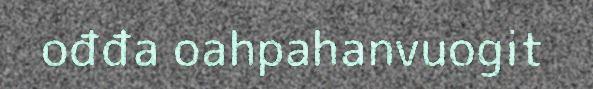
ođđa oahpahanvuogit